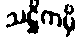
သဋ္ဌိကမှိ